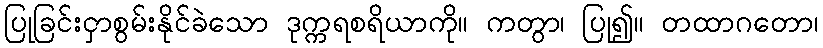
ပြုခြင်းငှာစွမ်းနိုင်ခဲသော ဒုက္ကရစရိယာကို။ ကတွာ၊ ပြု၍။ တထာဂတော၊